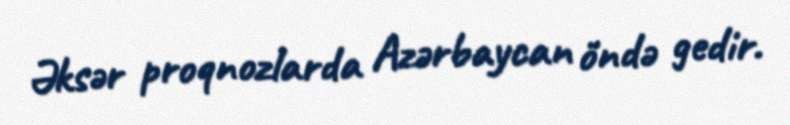
Əksər proqnozlarda Azərbaycan öndə gedir.